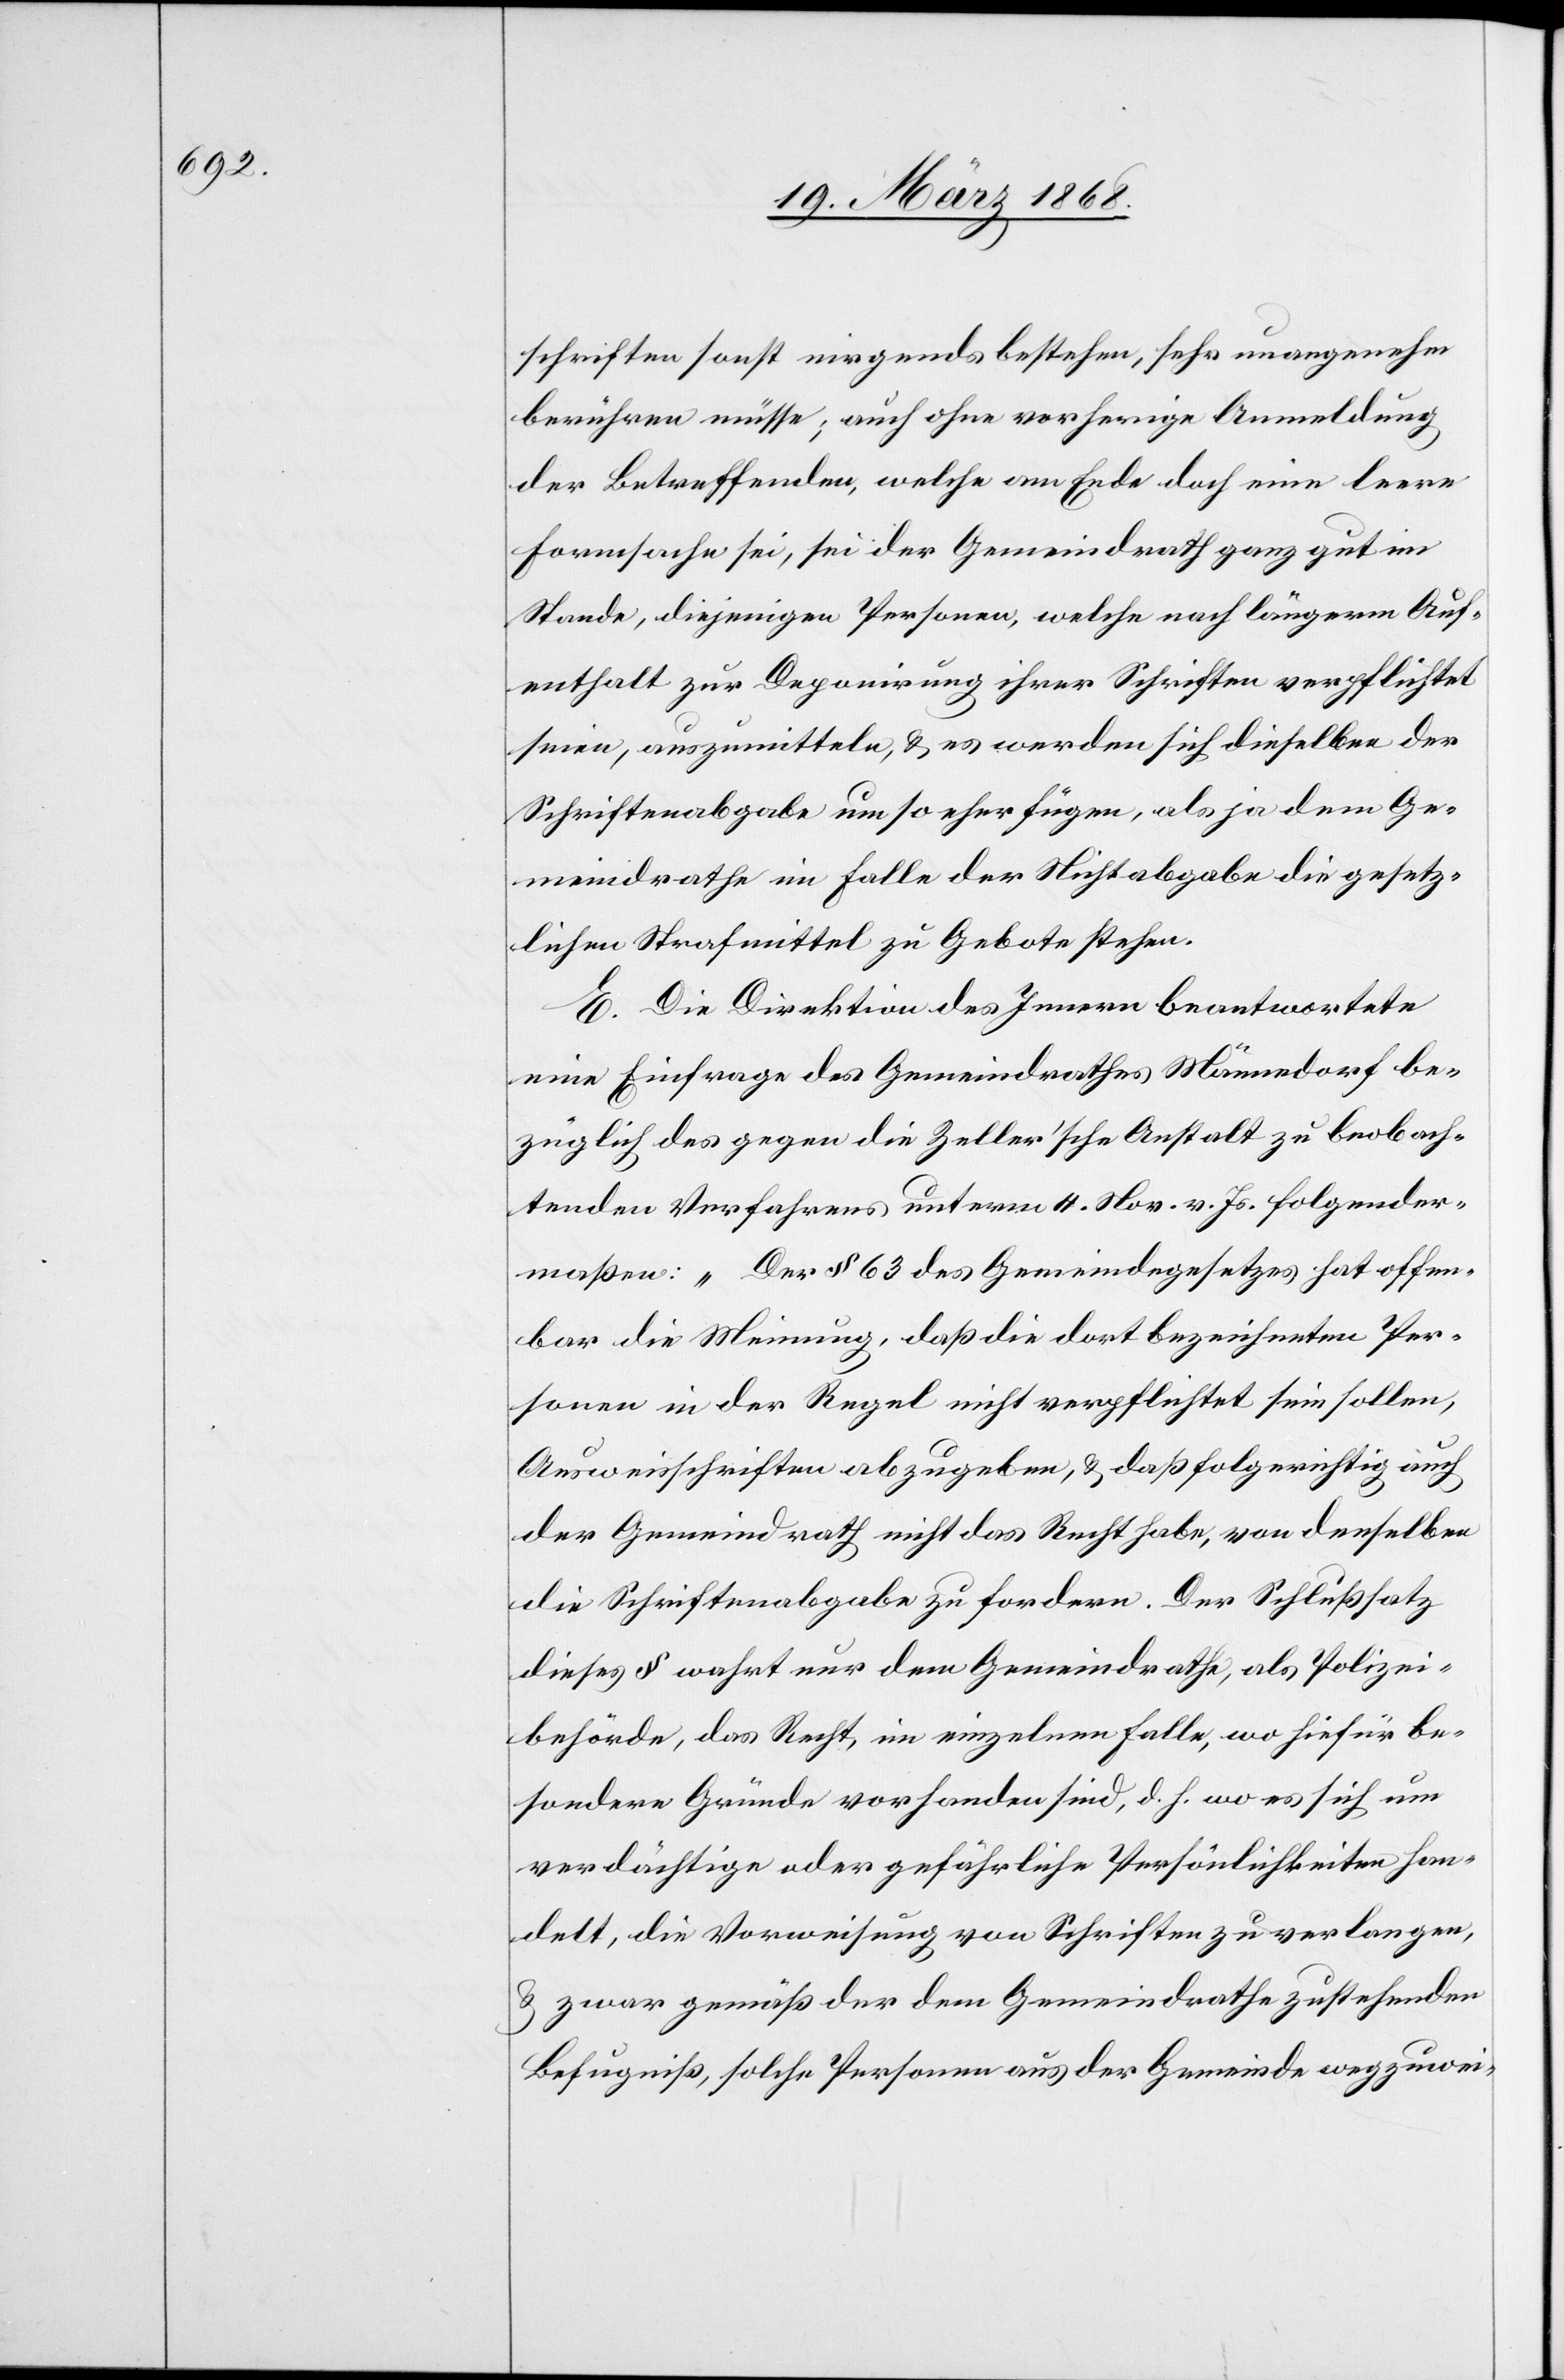
schriften sonst nirgends bestehen, sehr unangenehm
berühren müsse; auch ohne vorherige Anmeldung
der Betreffenden, welche am Ende doch eine leere
Formsache sei, sei der Gemeindrath ganz gut im
Stande, diejenigen Personen, welche nach längerm Auf¬
enthalt zur Deponirung ihrer Schriften verpflichtet
seien, auszumitteln, & es werden sich dieselben der
Schriftenabgabe um so eher fügen, als ja dem Ge¬
meindrathe im Falle der Nichtabgabe die gesetz¬
lichen Strafmittel zu Gebote stehen.
E. Die Direktion des Innern beantwortete
eine Einfrage des Gemeindrathes Männedorf be¬
züglich des gegen die Zeller’sche Anstalt zu beobach¬
tenden Verfahrens unterm 4. Nov. v. Js. folgender¬
maßen: „Der § 63 des Gemeindegesetzes hat offen¬
bar die Meinung, daß die dort bezeichneten Per¬
sonen in der Regel nicht verpflichtet sein sollen,
Ausweisschriften abzugeben, & daß folgerichtig auch
der Gemeindrath nicht das Recht habe, von denselben
die Schriftenabgabe zu fordern. Der Schlußsatz
dieses § wahrt nur dem Gemeindrathe, als Polizei¬
behörde, das Recht, im einzelnen Falle, wo hiefür be¬
sondere Gründe vorhanden sind, d. h. wo es sich um
verdächtige oder gefährliche Persönlichkeiten han¬
delt, die Vorweisung von Schriften zu verlangen,
& zwar gemäß der dem Gemeindrathe zustehenden
Befugniß, solche Personen aus der Gemeinde wegzuwei-